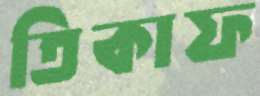
তিকাফ